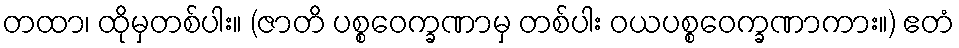
တထာ၊ ထိုမှတစ်ပါး။ (ဇာတိ ပစ္စဝေက္ခဏာမှ တစ်ပါး ဝယပစ္စဝေက္ခဏာကား။) ဧတံ